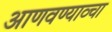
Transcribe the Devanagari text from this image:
आणवण्याव्चा